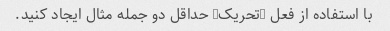
با استفاده از فعل "تحریک" حداقل دو جمله مثال ایجاد کنید.